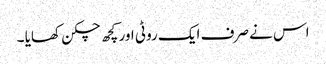
اس نے صرف ایک روٹی اور کچھ چکن کھایا ۔